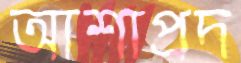
আশাপ্রদ